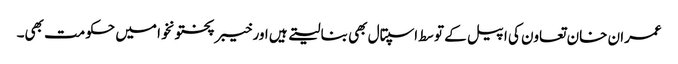
عمران خان تعاون کی اپیل کے توسط اسپتال بھی بنا لیتے ہیں اور خیبر پختونخوا میں حکومت بھی۔